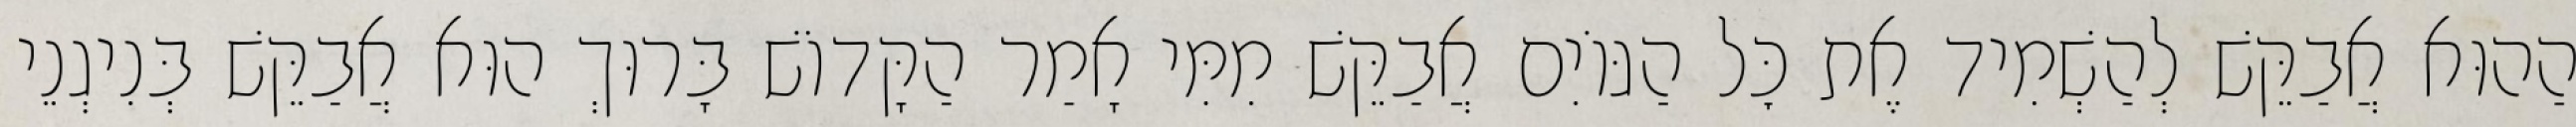
הַהוּא אֲבַקֵּשׁ לְהַשְׁמִיד אֶת כׇּל הַגּוֹיִם אֲבַקֵּשׁ מִמִּי אָמַר הַקָּדוֹשׁ בָּרוּךְ הוּא אֲבַקֵּשׁ בְּנִיגְנֵי